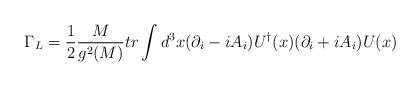
LaTeX: \begin{align*}\Gamma_L={1\over 2}{M\over g^2(M)} tr \int d^{3}x (\partial_i-iA_i)U^\dagger(x)(\partial_i+iA_i)U(x)\end{align*}